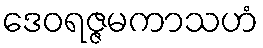
ဒေဝရဇ္ဇမကာသဟံ